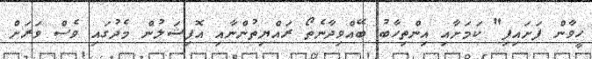
ހީވާން ފަށައިފި" ކަމަށާއި އިންތިހާބު ބޭއްވިދާނެތޯ ރައްޔިތުންނާއި އޮފިޝަލުން މެދުގައި ވެސް ވަރަށް